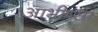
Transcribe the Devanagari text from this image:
आभीप्सा